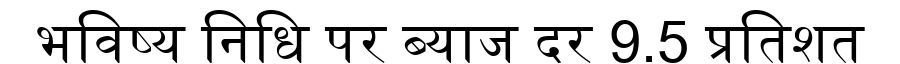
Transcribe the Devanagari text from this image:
भविष्य निधि पर ब्याज दर 9.5 प्रतिशत